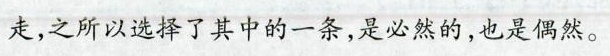
走，之所以选择了其中的一条，是必然的，也是偶然。